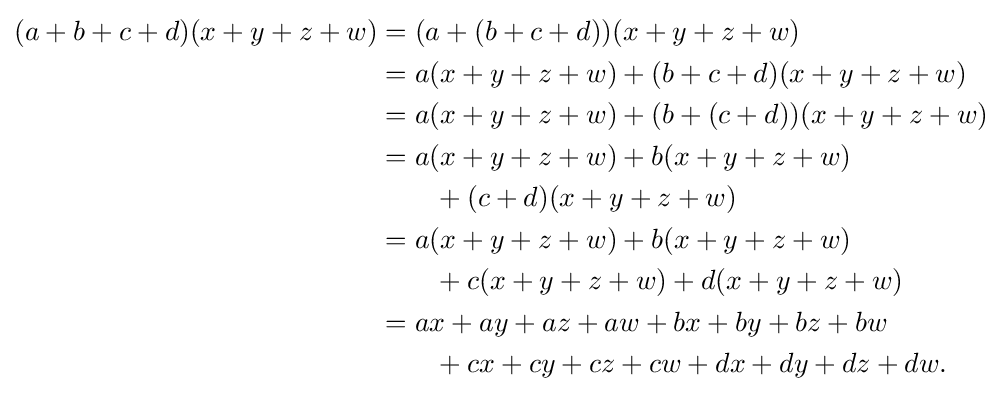
{\begin{aligned}(a+b+c+d)(x+y+z+w)&=(a+(b+c+d))(x+y+z+w)\\&=a(x+y+z+w)+(b+c+d)(x+y+z+w)\\&=a(x+y+z+w)+(b+(c+d))(x+y+z+w)\\&=a(x+y+z+w)+b(x+y+z+w)\\&\qquad +(c+d)(x+y+z+w)\\&=a(x+y+z+w)+b(x+y+z+w)\\&\qquad +c(x+y+z+w)+d(x+y+z+w)\\&=ax+ay+az+aw+bx+by+bz+bw\\&\qquad +cx+cy+cz+cw+dx+dy+dz+dw.\end{aligned}}